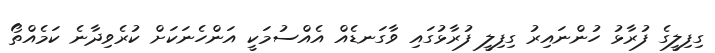
ގިފިލީގެ ފުރާޅު ހުންނައިރު ގިފިލީ ފުރާޅުގައި ވާގަނޑެއް އެއްސުމަކީ އަންހެނަކަށް ކުރެވިދާނެ ކަމެއްތޯ